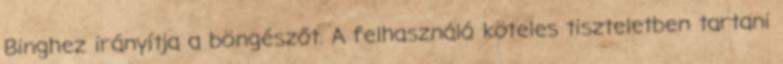
Binghez irányítja a böngészőt. A felhasználó köteles tiszteletben tartani